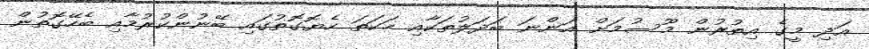
އަދި މީގެ އިތުރުން މޫސުމަށް އަންނަ ބަދަލުތަކާއި ހަކަތަ ހެޔޮގޮތުގައި ބޭނުންކުރުމާއި ބެހޭގޮތުން